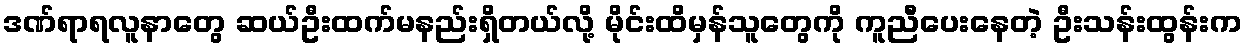
ဒဏ်ရာရလူနာတွေ ဆယ်ဦးထက်မနည်းရှိတယ်လို့ မိုင်းထိမှန်သူတွေကို ကူညီပေးနေတဲ့ ဦးသန်းထွန်းက